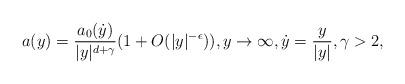
LaTeX: \begin{align*}a(y)=\frac{a_0(\dot{y})}{|y|^{d+\gamma}}(1+O(|y|^{-\epsilon})), y\to\infty, \dot{y}=\frac{y}{|y|},\gamma>2,\end{align*}